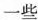
一些